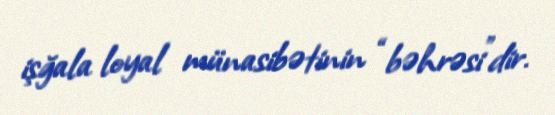
işğala loyal münasibətinin “bəhrəsi”dir.